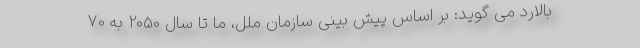
بالارد می گوید: بر اساس پیش بینی سازمان ملل، ما تا سال 2050 به 70